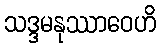
သဒ္ဒမနုဿာဝေဟိ